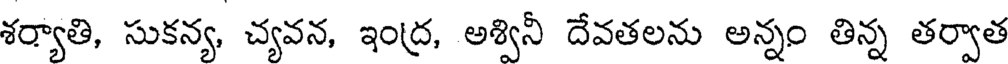
శర్యాతి, సుకన్య, చ్యవన, ఇంద్ర, అశ్వినీ దేవతలను అన్నం తిన్న తర్వాత